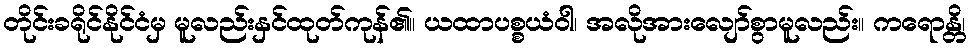
တိုင်းခရိုင်နိုင်ငံမှ မူလည်းနှင်ထုတ်ကုန်၏။ ယထာပစ္စယံဝါ၊ အလိုအားလျော်စွာမူလည်း။ ကရောန္တိ၊